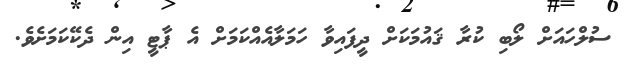
ސުލްހައަށް ލޯބި ކުރާ ޤައުމަކަށް ދީފައިވާ ހަމަލާއެއްކަމަށް އެ ޕާޓީ އިން ދެކޭކަމަށެވެ.